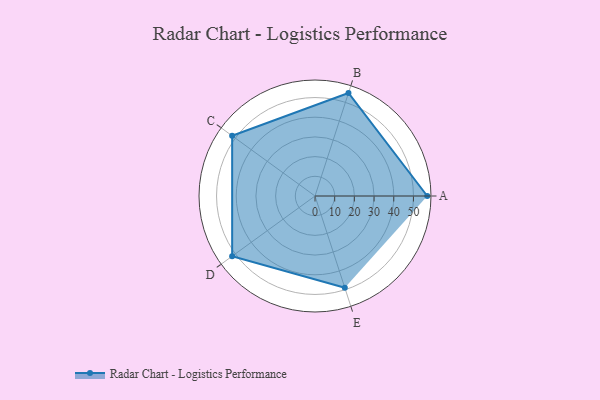
{"axis": {"x": "Skill", "y": "Score"}, "legend": ["Profile"], "data": [{"x": "A", "y": 57.0, "type": "Profile"}, {"x": "B", "y": 55.0, "type": "Profile"}, {"x": "C", "y": 52.0, "type": "Profile"}, {"x": "D", "y": 52.0, "type": "Profile"}, {"x": "E", "y": 49.0, "type": "Profile"}]}